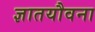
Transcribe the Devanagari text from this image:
ज्ञातयौवना